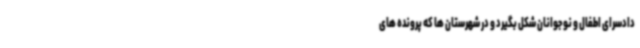
دادسرای اطفال و نوجوانان شکل بگیرد و در شهرستان ها که پرونده های